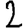
Digit: 2